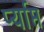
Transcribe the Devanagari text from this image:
र्प्याप्त